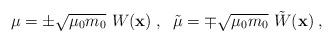
LaTeX: \begin{align*}\mu = \pm \sqrt{\mu_0 m_0}~W({\bf x})\; , \;\; \tilde{\mu} = \mp \sqrt{\mu_0 m_0}~\tilde{W}({\bf x})\;,\end{align*}